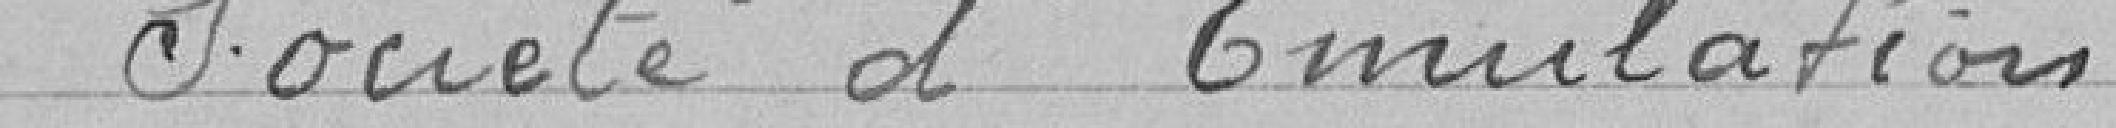
> Société d'Emulation